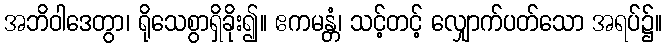
အဘိဝါဒေတွာ၊ ရိုသေစွာရှိခိုး၍။ ဧကမန္တံ၊ သင့်တင့် လျှောက်ပတ်သော အရပ်၌။